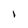
Character: l